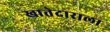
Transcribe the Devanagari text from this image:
खातेदाराला